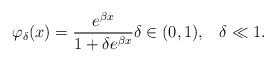
LaTeX: \begin{align*}\varphi_{\delta}(x)=\frac{e^{\beta x}}{1+\delta e^{\beta x}} \delta\in(0,1), \;\;\;\delta\ll 1.\end{align*}